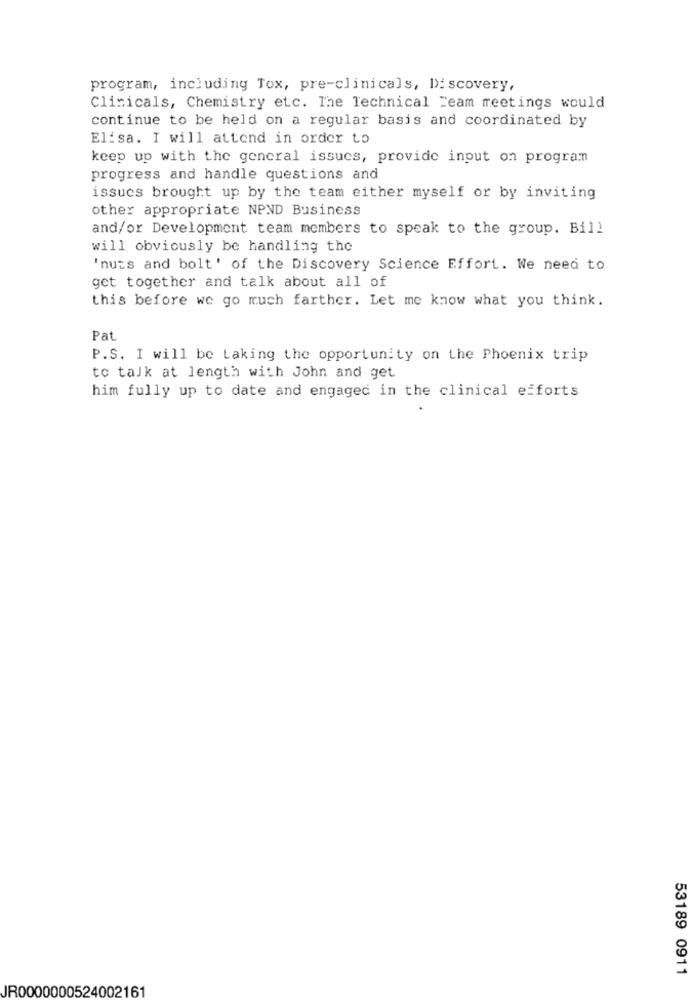
program, including Tox, pre-clinicals, Discovery,
Clinicals, Chemistry etc. The Technical Team meetings would
continue to be held on a regular basis and coordinated by
Elisa. I will attend in order to
keep up with the general issues, provide input on programm
progress and handle questions and
issues brought up by the team either myself or by inviting
other appropriate NPND Business
and/or Development team members to speak to the group. Bill
will obviously be handling the
'nuts and bolt' of the Discovery Science Effort. We need to
get together and talk about all of
this before we go much farther. Let me know what you think.
Pat
P.S. I will be taking the opportunity on the Phoenix trip
to talk at length with John and get
him fully up to date and engaged in the clinical efforts
53189 0911
JR0000000524002161